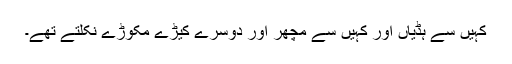
کہیں سے ہڈیاں اور کہیں سے مچھر اور دوسرے کیڑے مکوڑے نکلتے تھے۔